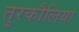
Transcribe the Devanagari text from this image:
तुरकौलिया